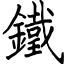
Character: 鐵